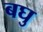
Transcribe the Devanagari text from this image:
बघु